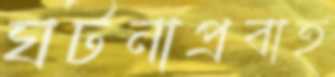
ঘটনাপ্রবাহ